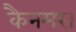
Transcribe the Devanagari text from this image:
कैनमर।